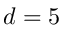
d = 5